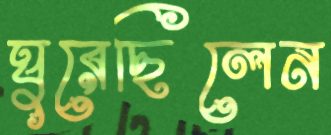
ঘুরেছিলেন